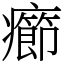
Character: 癤